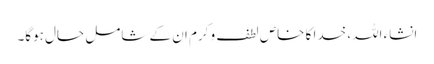
انشاء اللہ، خدا کا خاص لطف و کرم ان کے شامل حال ہوگا۔